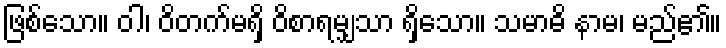
ဖြစ်သော။ ဝါ၊ ဝိတက်မရှိ ဝိစာရမျှသာ ရှိသော။ သမာဓိ နာမ၊ မည်၏။